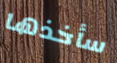
سأخذها